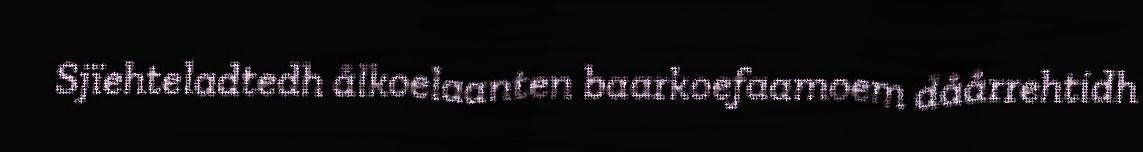
Sjïehteladtedh ålkoelaanten baarkoefaamoem dåårrehtidh